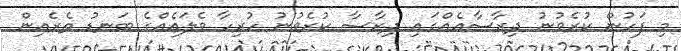
މި ފަހުން ކުރެވުނު ދިރާސާއެއްގައި ދިރާސާ ކުރެވުނު ހުރިހާ ވެލައެއްގެ ބަނޑު ތެރެއިން